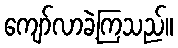
ကျော်လာခဲ့ကြသည်။